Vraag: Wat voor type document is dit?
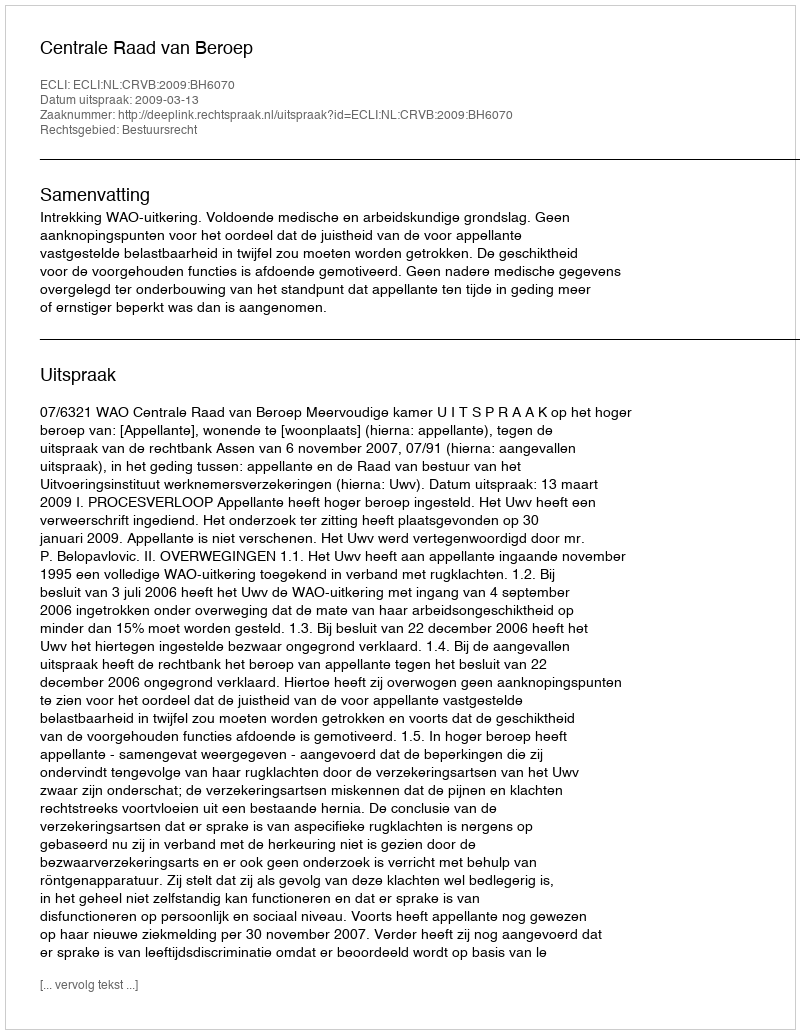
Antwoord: Uitspraak